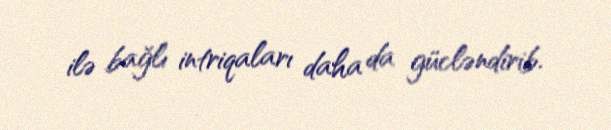
ilə bağlı intriqaları daha da gücləndirib.